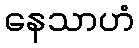
နေသာဟံ